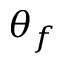
\theta _ { f }